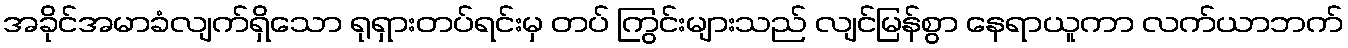
အခိုင်အမာခံလျက်ရှိသော ရုရှားတပ်ရင်းမှ တပ် ကြွင်းများသည် လျင်မြန်စွာ နေရာယူကာ လက်ယာဘက်